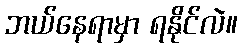
ဘယ်နေရာမှာ ရနိုင်လဲ။